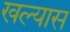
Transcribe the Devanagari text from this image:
खल्यास